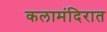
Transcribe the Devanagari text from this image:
कलामंदिरात